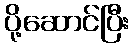
ပို့ဆောင်ပြီး